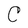
Character: C